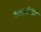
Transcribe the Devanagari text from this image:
शास्त्रसंबंधी